Vital statistics of India. Vol. V, Reports of 1876 on armies & jails and on epidemic cholera
Year: 1876
Disease focus: Cholera
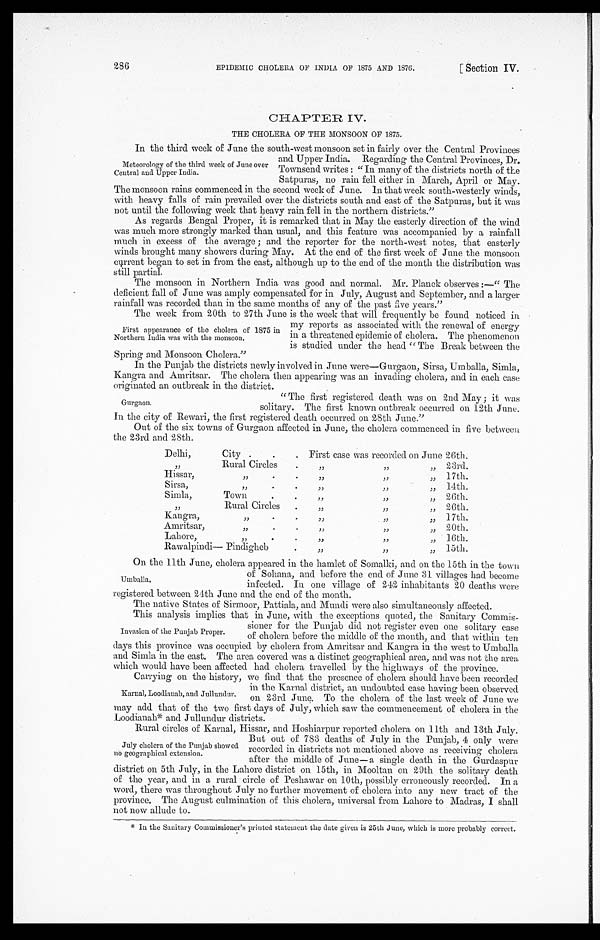
286
EPIDEMIC CHOLERA OF INDIA OF 1875 AND 187G.
[ Section IV.
CHAPTER IV.
THE CHOLERA OF THE MONSOON OF 1875.
In the third week of June the south-west monsoon set in fairly over the Central Provinces
and Upper India. Regarding the Central Provinces, Dr.
Townsend writes: "In many of the districts north of the
Satpuras, no rain fell either in March, April or May.
The monsoon rains commenced in the second. week of June. In that week south-westerly winds,
with heavy falls of rain prevailed over the districts south and east of the Satpuras, but it was
not until the following week that heavy rain fell in the northern districts."
As regards Bengal Proper, it is remarked that in May the easterly direction of the wind
was much more strongly marked than usual, and this feature was accompanied by a rainfall
much in excess of the average ; and the reporter for the north-west notes, that easterly
winds brought many showers during May. At the end of the first week of June the monsoon
current began to set in from the east, although up to the end of the month the distribution was
still partial.
The monsoon in Northern India was good and normal. Mr. Planck observes:—"The
deficient fall of June was amply compensated for in July, August and September, and a larger
rainfall was recorded than in the same months of any of the past five years."
The week from 20th to 27th June is the week that will frequently be found noticed in
my reports as associated with the renewal of energy
in a threatened epidemic of cholera. The phenomenon
is studied under the head "The Break between the
Spring and Monsoon Cholera."
In the Punjab the districts newly involved in June were—Gurgaon, Sirsa, Umballa, Simla,
Kangra and Amritsar. The cholera then appearing was an invading cholera, and in each case
originated an outbreak in the district.
"The first registered death was on 2nd May; it was
solitary. The first known outbreak occurred on 12th June
In the city of Rewari, the first registered death occurred on 28th June.”
Out of the six towns of Gurgaon affected in June, the cholera commenced in five between
the 23rd and 28th.
Delhi,
City
. First case was recorded on June 26th.
"
Rural Circles
,,
,,
"
23rd.
Hissar,
,,
,,
,,
„ 17th.
Sirsa,
"
.
.
"
"
"
14th.
Simla,
Town
.
.
"
"
„ 26th.
"
Rural Circles
.
"
"
"
26th.
Kangra,
"
.
.
"
,,
17th.
Amritsar,
"
.
.
"
"
"
20th.
Lahore,
"
.
.
"
"
„ 16th.
Rawalpindi— Pindigheb
.
"
"
"
15th.
On the 11th June, cholera appeared in the hamlet of Somalki, and on the 15th in the town
of Sohana, and before the end of June 31 villages had become
infected. In one village of 242 inhabitants 20 deaths were
registered between 24th June and the end of the month.
The native States of Sirmoor, Pattiala, and Mundi were also simultaneously affected.
This analysis implies that in June, with the exceptions quoted, the Sanitary Commis-
sioner for the Punjab did not register even one solitary case
of cholera before the middle of the month, and that within ten
days this province was occupied by cholera from Amritsar and Kangra in the west to Umballa
and Simla in the east. The area covered was a distinct geographical area, and was not the area
which would have been affected had cholera travelled by the highways of the province.
Carrying on the history, we find that the presence of cholera should have been recorded
in the Karnal district, an undoubted case having been observed
on 23rd June. To the cholera of the last week of June we
may add that of the two first days of July, which saw the commencement of cholera in the
Loodianah* and Jullundur districts.
Rural circles of Karnal, Hissar, and Hoshiarpur reported cholera on 11th and 13th July.
But out of 783 deaths of July in the Punjab, 4 only were
recorded in districts not mentioned above as receiving cholera
after the middle of June—a single death in the Gurdaspur
district on 5th July, in the Lahore district on 15th, in Mooltan on 29th the solitary death
of the year, and in a rural circle of Peshawar on 10th, possibly erroneously recorded. In a
word, there was throughout July no further movement of cholera into any new tract of the
province. The August culmination of this cholera, universal from Lahore to Madras, I shall
not now allude to.
Meteorology of the third week of June over
Central and Upper India.
First appearance of the cholera of 1875 in
Northern India was with the monsoon.
Gurgaon.
Umballa.
Invasion of the Punjab Proper.
K a r n a l , L o o d i a n a h , a n d J u l l u n d u r .
July cholera of the Punjab showed
no geographical extension.
* In the Sanitary Commissioner's printed statement the date given is 25th June, which is more probably correct.